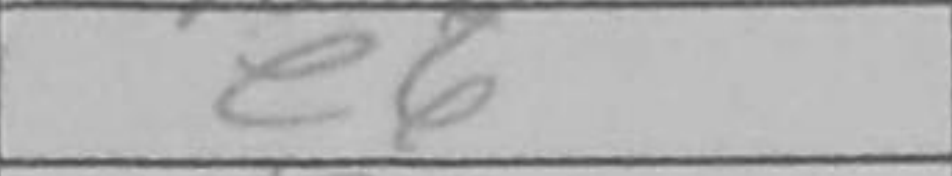
Transcription: e6